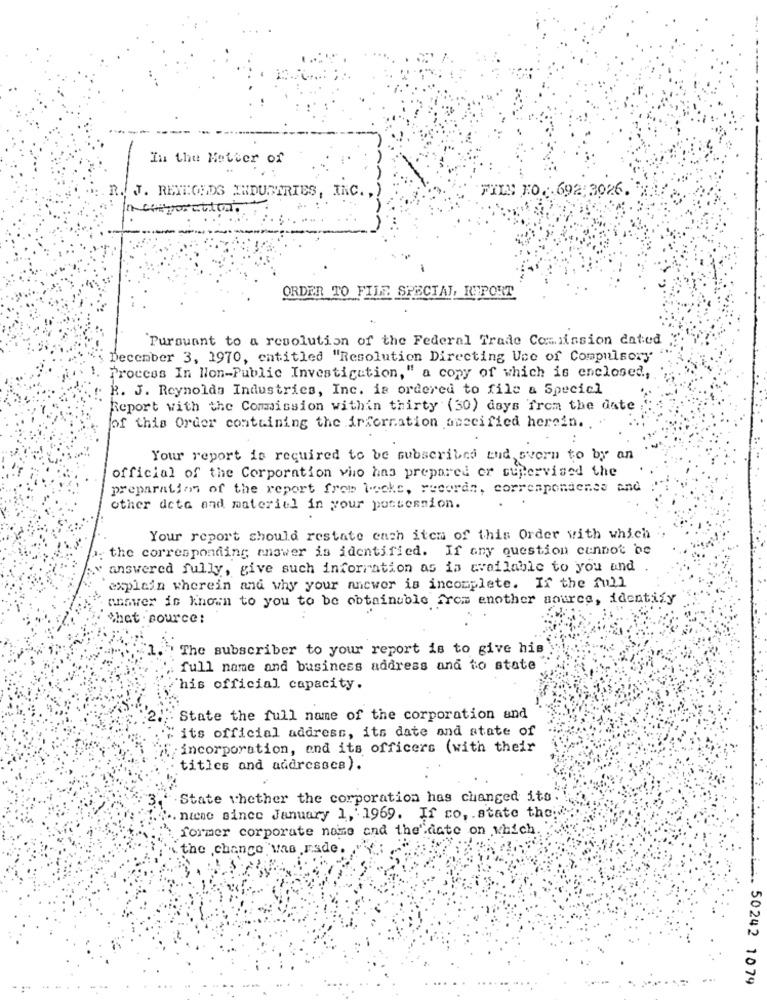
In the Metter of
J. RETTOEDS INDUSTRIES, INC. ,
FILS FO. 692:3026.
n corporation.
ORDER TO FILE SPECIAL REPORT
`Pursuant to a resolution of the Federal Trade Commission dated
December 3, 1970, entitled "Resolution Directing Use of Compulsory
Procces In Non-Public Investicution," a copy of which is enclosed .,
R. J. Reynolds Industries, Inc. is ordered to file a Specicl
Report with the Commission within thirty (30) days from the date
of this Order containing the irfornation anceified herein ..
Your report is required to be subscribed and svorn to by an
official of the Corporation who has prepared or supervised the
preparation of the report from hecks, records, correspondenes and
other deta and materiel in your possession.
Your report should restate each item of this Order with which
the corresponding answer is identified. If any question cannot be
answered fully, give such information as is available to you and
explain wherein and why your answer is incomplete. If the full
answer is known to you to be obtainuble from another source, identify
that . source:
The subscriber to your report is to give his
full name and business address and to state
'his official capacity.
State the full name of the corporation and
" its official address, its date and state of
incorporation, end its officers (with their
titles and addresscs).
State whether the corporation has changed its.
.niene since January 1, 1969. If co, . state the:
former corporate name and the"date on which.
the change was made.
L . 50242 1079